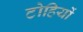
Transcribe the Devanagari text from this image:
टोहियों